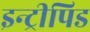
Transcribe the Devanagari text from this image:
इन्ट्रीपिड